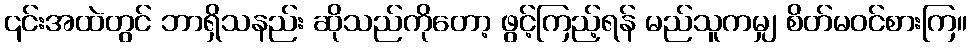
၎င်းအထဲတွင် ဘာရှိသနည်း ဆိုသည်ကိုတော့ ဖွင့်ကြည့်ရန် မည်သူကမျှ စိတ်မဝင်စားကြ။